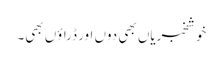
خوشخبریاں بھی دوں اور ڈراؤں بھی۔